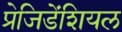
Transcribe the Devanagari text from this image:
प्रेजिडेंशियल